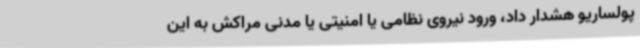
پولساریو هشدار داد، ورود نیروی نظامی یا امنیتی یا مدنی مراکش به این